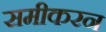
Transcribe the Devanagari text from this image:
समीकरन